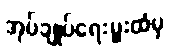
အုပ်ချုပ်ရေးမှူးထံမှ